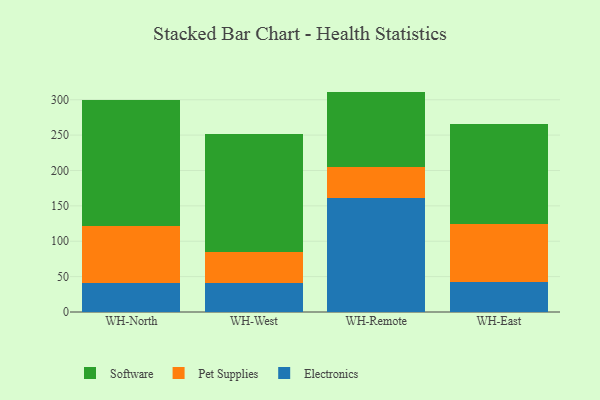
{"axis": {"x": "Warehouse", "y": "Page Views"}, "legend": ["Electronics", "Pet Supplies", "Software"], "data": [{"x": "WH-North", "y": 40.6, "type": "Electronics"}, {"x": "WH-North", "y": 80.3, "type": "Pet Supplies"}, {"x": "WH-North", "y": 178.9, "type": "Software"}, {"x": "WH-West", "y": 41.1, "type": "Electronics"}, {"x": "WH-West", "y": 44.4, "type": "Pet Supplies"}, {"x": "WH-West", "y": 165.4, "type": "Software"}, {"x": "WH-Remote", "y": 161.2, "type": "Electronics"}, {"x": "WH-Remote", "y": 44.2, "type": "Pet Supplies"}, {"x": "WH-Remote", "y": 106.1, "type": "Software"}, {"x": "WH-East", "y": 43.0, "type": "Electronics"}, {"x": "WH-East", "y": 81.0, "type": "Pet Supplies"}, {"x": "WH-East", "y": 141.2, "type": "Software"}]}